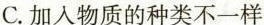
C.加入物质的种类不一样